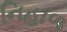
નિહાળ